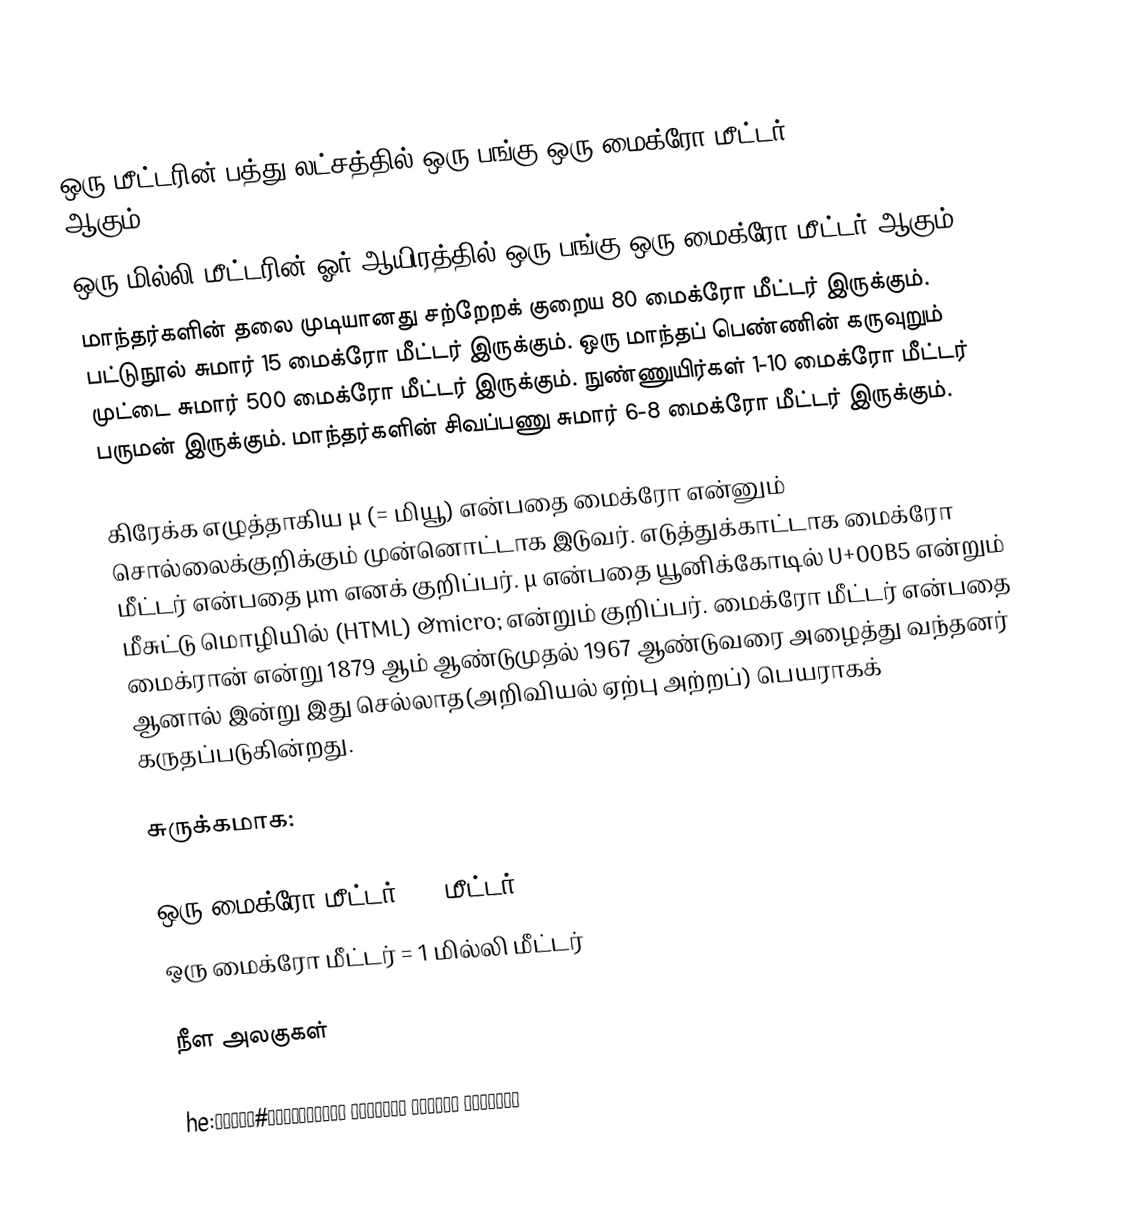
ஒரு மீட்டரின் பத்து லட்சத்தில் ஒரு பங்கு ஒரு மைக்ரோ மீட்டர் (Micrometer) ஆகும்.
ஒரு மில்லி மீட்டரின் ஓர் ஆயிரத்தில் ஒரு பங்கு ஒரு மைக்ரோ மீட்டர் ஆகும்.
மாந்தர்களின் தலை முடியானது சற்றேறக் குறைய 80 மைக்ரோ மீட்டர் இருக்கும். பட்டுநூல் சுமார் 15 மைக்ரோ மீட்டர் இருக்கும். ஒரு மாந்தப் பெண்ணின் கருவுறும் முட்டை சுமார் 500 மைக்ரோ மீட்டர் இருக்கும். நுண்ணுயிர்கள் 1-10 மைக்ரோ மீட்டர் பருமன் இருக்கும். மாந்தர்களின் சிவப்பணு சுமார் 6-8 மைக்ரோ மீட்டர் இருக்கும்.

கிரேக்க எழுத்தாகிய µ (= மியூ) என்பதை மைக்ரோ என்னும் சொல்லைக்குறிக்கும் முன்னொட்டாக இடுவர். எடுத்துக்காட்டாக மைக்ரோ மீட்டர் என்பதை µm எனக் குறிப்பர். µ என்பதை யூனிக்கோடில் U+00B5 என்றும் மீசுட்டு மொழியில் (HTML) &micro; என்றும் குறிப்பர். மைக்ரோ மீட்டர் என்பதை மைக்ரான் என்று 1879 ஆம் ஆண்டுமுதல் 1967 ஆண்டுவரை அழைத்து வந்தனர் ஆனால் இன்று இது செல்லாத(அறிவியல் ஏற்பு அற்றப்) பெயராகக் கருதப்படுகின்றது.

சுருக்கமாக:

 ஒரு மைக்ரோ மீட்டர் = 1 மீட்டர்
 ஒரு மைக்ரோ மீட்டர் = 1 மில்லி மீட்டர்

நீள அலகுகள்

he:תחיליות במערכת היחידות הבינלאומית#מיקרו